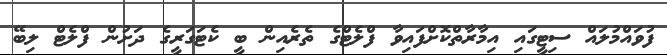
ފުވައްމުލައް ސިޓީގައި އިމާރާތްކޮށްފައިވާ ފްލެޓްގެ ތެރެއިން ބީ ކެޓަގަރީގެ ދަށުން ފްލެޓް ލިބޭ